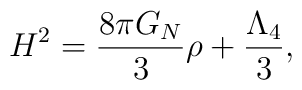
H^2 = \frac{8\pi G_N}{3}\rho + \frac{\Lambda_4}{3},